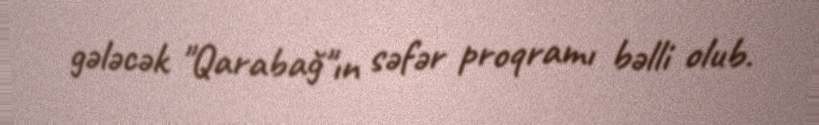
gələcək "Qarabağ"ın səfər proqramı bəlli olub.